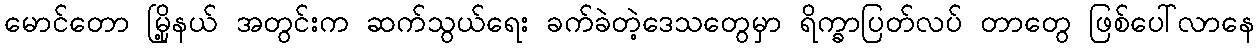
မောင်တော မြို့နယ် အတွင်းက ဆက်သွယ်ရေး ခက်ခဲတဲ့ဒေသတွေမှာ ရိက္ခာပြတ်လပ် တာတွေ ဖြစ်ပေါ်လာနေ